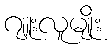
ဂျူးလူမျိုး